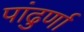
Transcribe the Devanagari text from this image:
पांढुर्णा